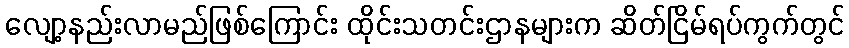
လျော့နည်းလာမည်ဖြစ်ကြောင်း ထိုင်းသတင်းဌာနများက ဆိတ်ငြိမ်ရပ်ကွက်တွင်